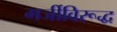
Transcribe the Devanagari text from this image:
मर्जीविरूद्ध